Report on malaria in the Punjab during the year ...  together with an account of the work of the Punjab Malaria Bureau - Volume 5
Disease focus: Malaria
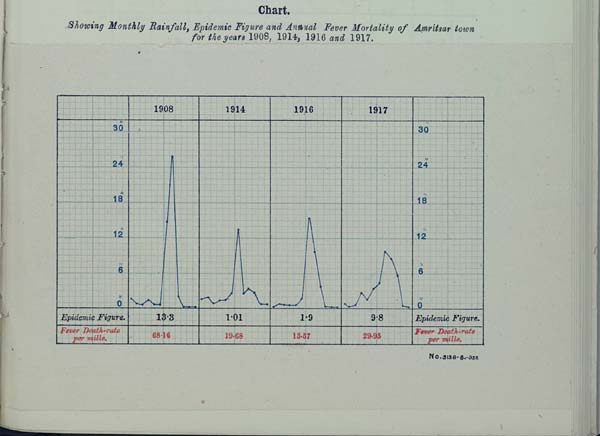
Chart.
Showing Monthly Rainfall, Epidemic Figure and Annual Fever Mortality of Amritsar town
for the years 1908, 1914, 1916 and 1917.
NO.3138-5.-356